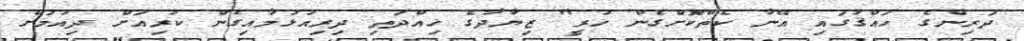
ދަރިންގެ ހައްޤުގައި އޭނާ ކެތްކޮށްގެން ހުރީ" ޒިޔާދާގެ ހިއްދަތި ދިރިއުޅުމާއިގެން ކުރިއަށް ދިއުމަށް